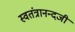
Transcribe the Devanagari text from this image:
स्वतंत्रानन्दजी